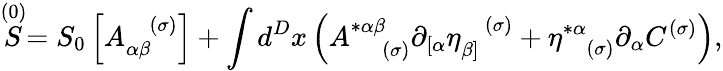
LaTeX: \stackrel{(0)}{S}=S_{0}\left[A_{\alpha\beta}^{\; \; \; (\sigma)}\right]+\int d^{D}x\left(A_{\; \; \; \; (\sigma)}^{*\alpha\beta}\partial_{\left[\alpha\right.}\eta_{\left.\beta\right]}^{\; \; \; (\sigma)}+\eta_{\; \; \; (\sigma)}^{*\alpha}\partial_{\alpha}C^{(\sigma)}\right),